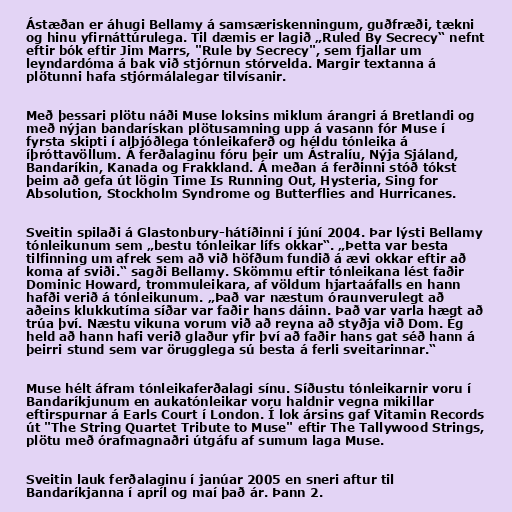
Ástæðan er áhugi Bellamy á samsæriskenningum, guðfræði, tækni
og hinu yfirnáttúrulega. Til dæmis er lagið „Ruled By Secrecy“ nefnt
eftir bók eftir Jim Marrs, "Rule by Secrecy", sem fjallar um
leyndardóma á bak við stjórnun stórvelda. Margir textanna á
plötunni hafa stjórmálalegar tilvísanir.

Með þessari plötu náði Muse loksins miklum árangri á Bretlandi og
með nýjan bandarískan plötusamning upp á vasann fór Muse í
fyrsta skipti í alþjóðlega tónleikaferð og héldu tónleika á
íþróttavöllum. Á ferðalaginu fóru þeir um Ástralíu, Nýja Sjáland,
Bandaríkin, Kanada og Frakkland. Á meðan á ferðinni stóð tókst
þeim að gefa út lögin Time Is Running Out, Hysteria, Sing for
Absolution, Stockholm Syndrome og Butterflies and Hurricanes.

Sveitin spilaði á Glastonbury-hátíðinni í júní 2004. Þar lýsti Bellamy
tónleikunum sem „bestu tónleikar lífs okkar“. „Þetta var besta
tilfinning um afrek sem að við höfðum fundið á ævi okkar eftir að
koma af sviði.“ sagði Bellamy. Skömmu eftir tónleikana lést faðir
Dominic Howard, trommuleikara, af völdum hjartaáfalls en hann
hafði verið á tónleikunum. „Það var næstum óraunverulegt að
aðeins klukkutíma síðar var faðir hans dáinn. Það var varla hægt að
trúa því. Næstu vikuna vorum við að reyna að styðja við Dom. Ég
held að hann hafi verið glaður yfir því að faðir hans gat séð hann á
þeirri stund sem var örugglega sú besta á ferli sveitarinnar.“

Muse hélt áfram tónleikaferðalagi sínu. Síðustu tónleikarnir voru í
Bandaríkjunum en aukatónleikar voru haldnir vegna mikillar
eftirspurnar á Earls Court í London. Í lok ársins gaf Vitamin Records
út "The String Quartet Tribute to Muse" eftir The Tallywood Strings,
plötu með órafmagnaðri útgáfu af sumum laga Muse.

Sveitin lauk ferðalaginu í janúar 2005 en sneri aftur til
Bandaríkjanna í apríl og maí það ár. Þann 2.